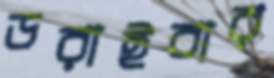
ডরাইবার